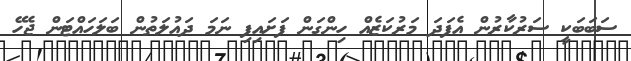
ސަބަބަކީ ސަރުކާރުން އެފަދަ މަރުކަޒެއް ހިންގަން ފަށައިފި ނަމަ ދައުލަތުން ބަލަހައްޓަން ޖެހޭ